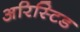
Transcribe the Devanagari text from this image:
अरिस्टिड